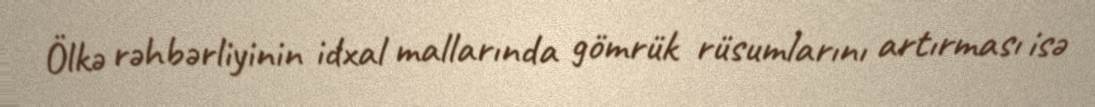
Ölkə rəhbərliyinin idxal mallarında gömrük rüsumlarını artırması isə